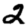
Digit: 2